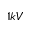
1 k V